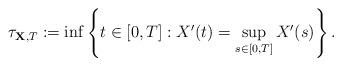
LaTeX: \begin{align*}\tau_{\mathbf{X}, T}:=\inf \left \{ t\in [0,T]: X^\prime(t)=\sup_{s\in [0,T]} X^\prime(s)\right \}.\end{align*}